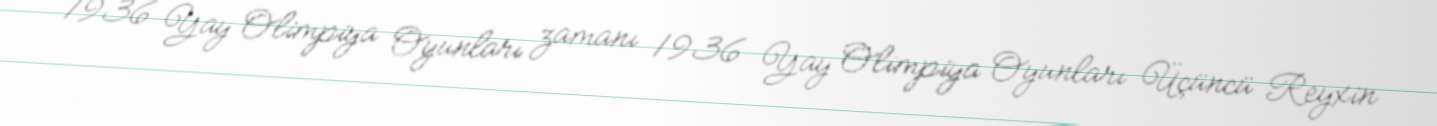
1936 Yay Olimpiya Oyunları zamanı 1936 Yay Olimpiya Oyunları Üçüncü Reyxin